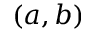
( a , b )